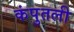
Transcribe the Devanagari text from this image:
कंपुतली